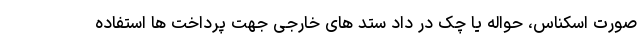
صورت اسکناس، حواله یا چک در داد ستد های خارجی جهت پرداخت ها استفاده